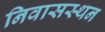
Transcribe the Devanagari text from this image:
निवासस्थन